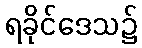
ရခိုင်ဒေသ၌